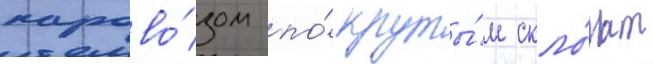
парово́зом по́ круты́м скло́нам